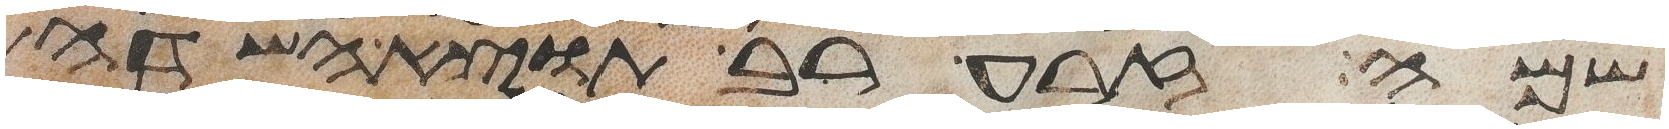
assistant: שמה זרע רב תוצא השדה